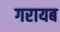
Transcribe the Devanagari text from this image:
गरायब